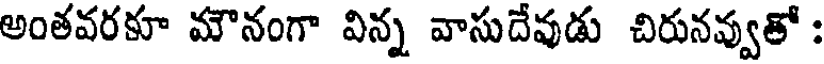
అంతవరకూ మౌనంగా విన్న వాసుదేవుడు చిరునవ్వుతో :